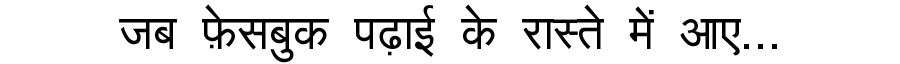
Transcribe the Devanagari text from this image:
जब फ़ेसबुक पढ़ाई के रास्ते में आए...